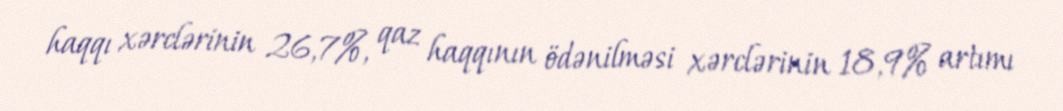
haqqı xərclərinin 26,7%, qaz haqqının ödənilməsi xərclərinin 18,9% artımı